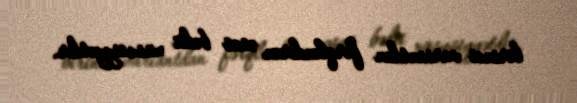
birinci variantdan fərqləndirən əsas bədii xüsusiyyətdir.